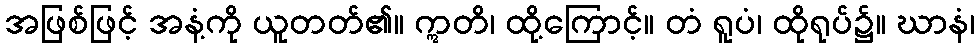
အဖြစ်ဖြင့် အနံ့ကို ယူတတ်၏။ ဣတိ၊ ထို့ကြောင့်။ တံ ရူပံ၊ ထိုရုပ်၌။ ဃာနံ၊